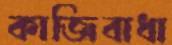
কাজিবাধা